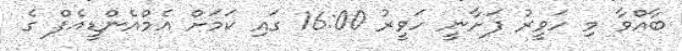
ބާއްވާ މި ހަވީރު ފަށާނީ ހަވީރު 16:00 ގައި ކަމަށް އެމްއެންޑީއެފް ގެ